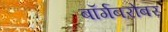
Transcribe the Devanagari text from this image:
बॉर्गबरोबर